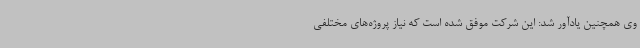
وی همچنین یادآور شد: این شرکت موفق شده است که نیاز پروژه‌های مختلفی